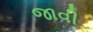
જાવી